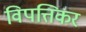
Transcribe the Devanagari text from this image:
विपत्तिकर